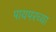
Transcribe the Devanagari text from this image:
पायपरच्या